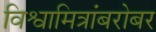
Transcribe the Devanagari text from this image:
विश्वामित्रांबरोबर